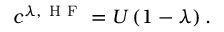
c ^ { \lambda , \mathrm { ~ H ~ F ~ } } = U \left( 1 - \lambda \right) .